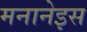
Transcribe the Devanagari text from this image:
मनानेइस